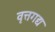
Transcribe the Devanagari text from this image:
वृत्तगद्य